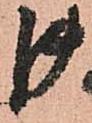
御